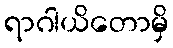
ရာဂါယိတောမှိ